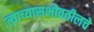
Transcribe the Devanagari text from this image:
त्याच्यासभोवतीलचे